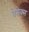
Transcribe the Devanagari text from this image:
बेसेक्स